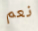
نعم